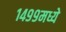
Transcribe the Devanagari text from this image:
१४९९मध्ये